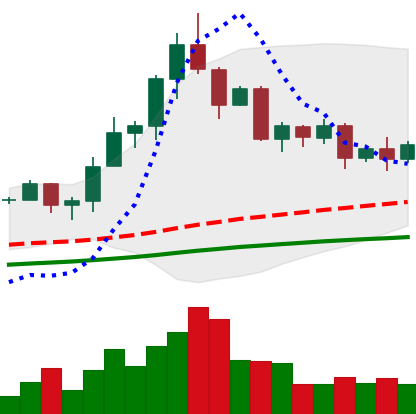
Ticker: TRX-USD
Chart end date: 2020-08-28
Forward return: 43.66%
Label: up_7plus